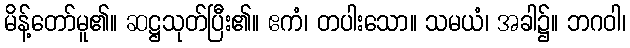
မိန့်တော်မူ၏။ ဆဋ္ဌသုတ်ပြီး၏။ ဧကံ၊ တပါးသော။ သမယံ၊ အခါ၌။ ဘဂဝါ၊